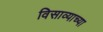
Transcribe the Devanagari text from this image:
विसाव्याच्या